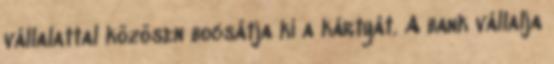
vállalattal közösen bocsátja ki a kártyát. A bank vállalja